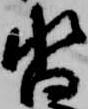
沓